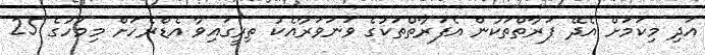
އަދި މިކަމަށް އެދޭ ފަރާތްތަކުން އެފަރާތްތަކުގެ ވަނަވަރާއެކު ތިރީގައިވާ އެޑްރެހަށް މިމަހުގެ 25